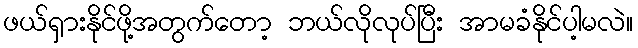
ဖယ်ရှားနိုင်ဖို့အတွက်တော့ ဘယ်လိုလုပ်ပြီး အာမခံနိုင်ပါ့မလဲ။